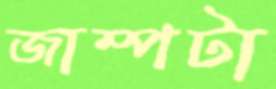
জাম্পটা